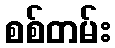
စစ်တမ်း